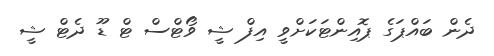
ދެން ބައްޕަގެ ޕޮއިންޓަކަށްވީ އިފް ޝީ ވޯޓްސް ޓް ޑޫ ދެޓް ޝީ